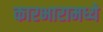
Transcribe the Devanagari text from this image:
कारभारामध्ये